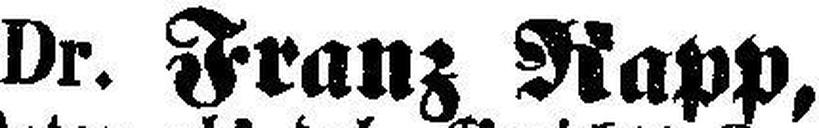
Dr. Franz Rapp,